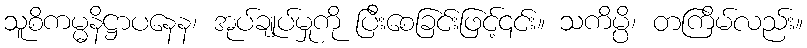
သူစိကမ္မနိဋ္ဌာပနေန၊ အုပ်ချုပ်မှုကို ပြီးစေခြင်းဖြင့်၎င်း။ သကိမ္ပိ၊ တကြိမ်လည်း။